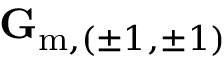
\mathbf { G } _ { \mathrm { m } , ( \pm 1 , \pm 1 ) }